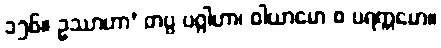
၁၅၆။ ဥဿာဟာ’ တပ္ပ ပဂ္ဂါဟာ၊ ဝါယာမော စ ပရက္ကမော။